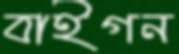
বাইগন